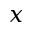
x